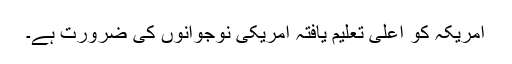
امریکہ کو اعلیٰ تعلیم یافتہ امریکی نوجوانوں کی ضرورت ہے۔